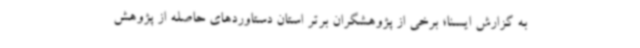
به گزارش ایسنا؛ برخی از پژوهشگران برتر استان دستاوردهای حاصله از پژوهش